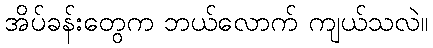
အိပ်ခန်းတွေက ဘယ်လောက် ကျယ်သလဲ။